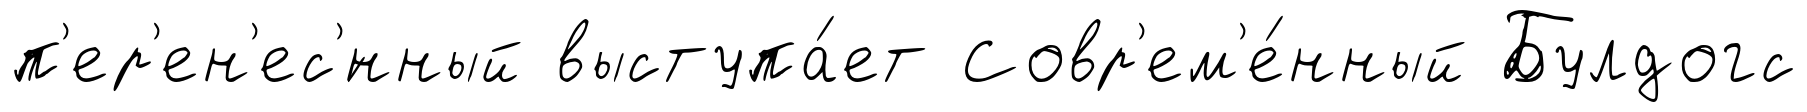
п'ер'ен'ес'́нный выступа́ет Совр'ем'е́нный Булдогс